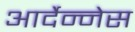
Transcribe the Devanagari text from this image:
आर्देन्नेस